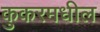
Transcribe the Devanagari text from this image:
कुकरमधील